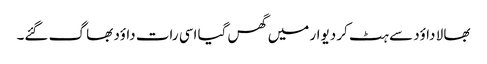
بھا لا داؤد سے ہٹ کر دیوار میں گھس گیا اسی رات داؤد بھا گ گئے۔